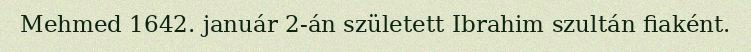
Mehmed 1642. január 2-án született Ibrahim szultán fiaként.